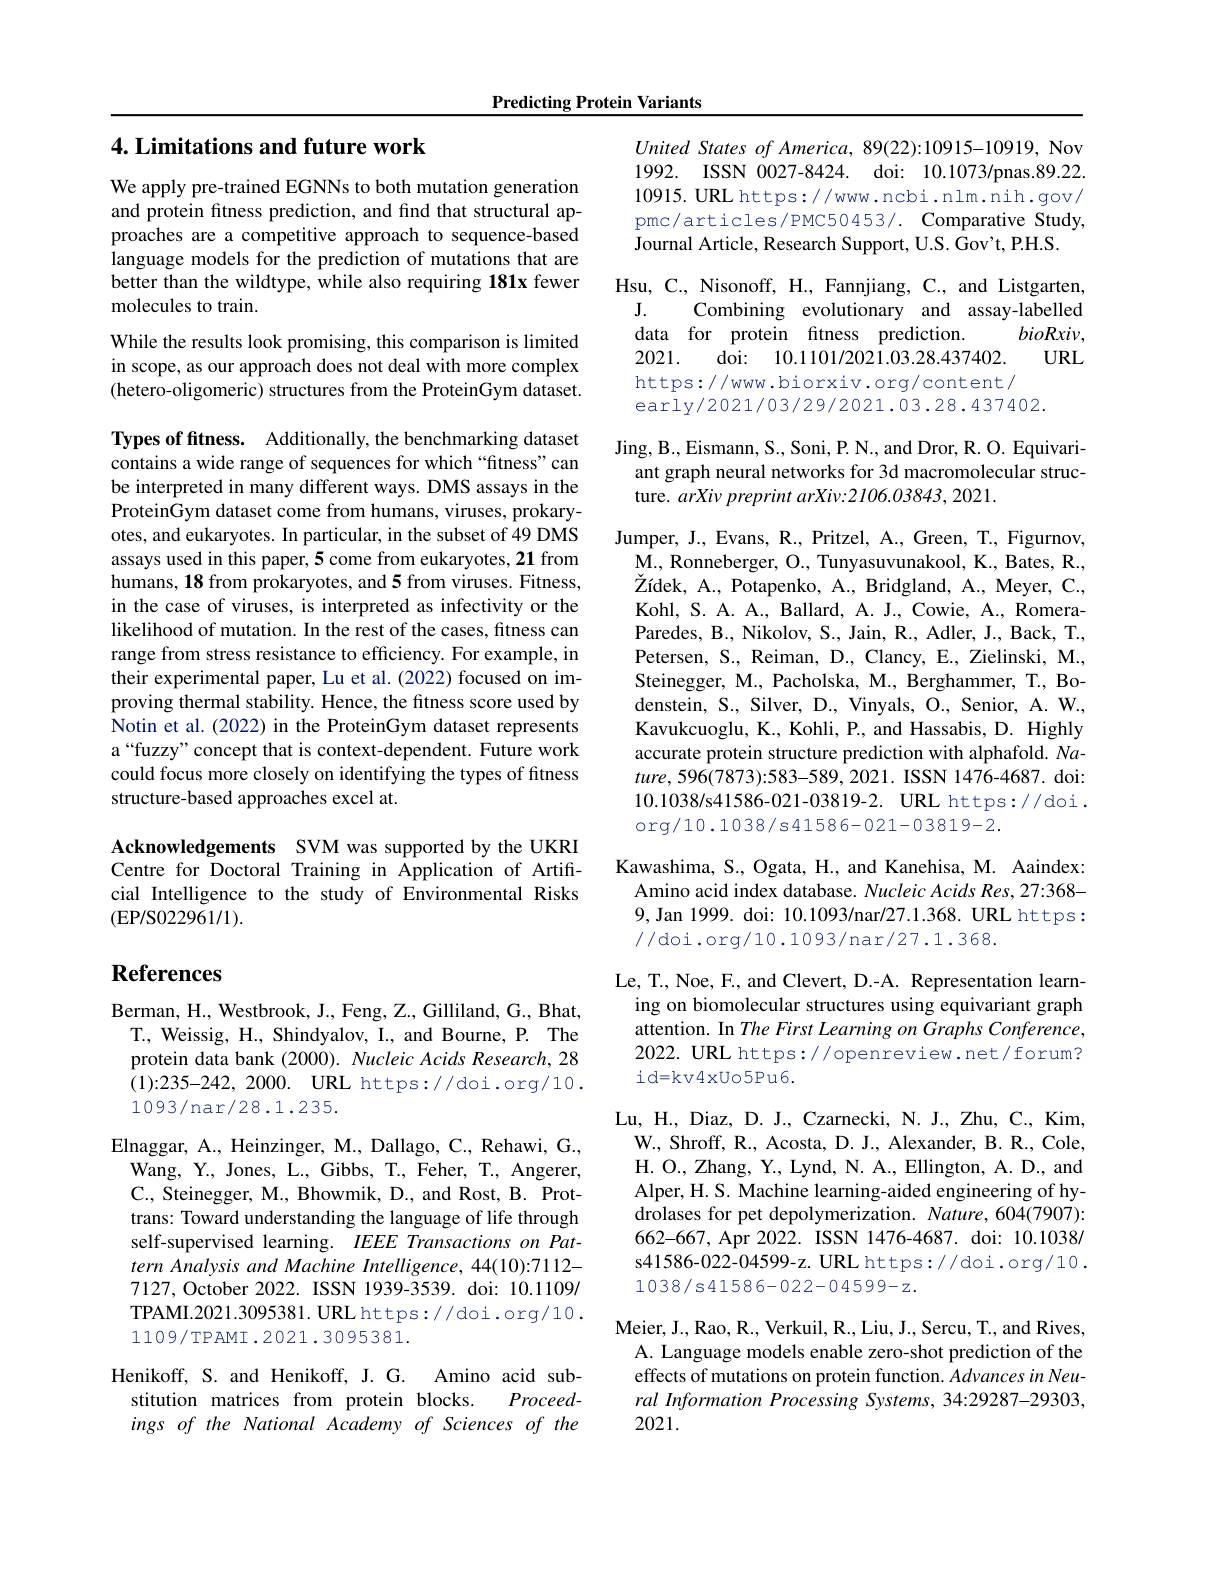
Predicting Protein Variants

### 4. Limitations and future work

We apply pre-trained EGNNs to both mutation generation and protein fitness prediction, and find that structural approaches are a competitive approach to sequence-based language models for the prediction of mutations that are better than the wildtype, while also requiring 181x fewer molecules to train.
While the results look promising, this comparison is limited in scope, as our approach does not deal with more complex (hetero-oligomeric) structures from the ProteinGym dataset.

Types of ftness. Additionally, the benchmarking dataset contains a wide range of sequences for which “fitness”can be interpreted in many different ways. DMS assays in the ProteinGym dataset come from humans, viruses, prokaryotes, and eukaryotes. In particular, in the subset of 49 DMS assays used in this paper, 5 come from eukaryotes, 21 from humans, 18 from prokaryotes, and 5 from viruses. Fitness, in the case of viruses, is interpreted as infectivity or the likelihood of mutation. In the rest of the cases, fitness can range from stress resistance to efficiency. For example, in their experimental paper, Lu et al.(2022) focused on improving thermal stability. Hence, the fitness score used by Notin et al. (2022) in the ProteinGym dataset represents a“fuzzy”concept that is context-dependent. Future work could focus more closely on identifying the types of fitness structure-based approaches excel at.

Acknowledgements SVM was supported by the UKRI Centre for Doctoral Training in Application of Artificial Intelligence to the study of Environmental Risks (EP/S022961/1).

## References

Berman, H., Westbrook, J., Feng, Z., Gilliland, G., Bhat,
T., Weissig, H., Shindyalov, I., and Bourne, P. The protein data bank (2000). Nucleic Acids Research, 28 (1){:}235-242,2000. URL https://doi.org/10. 1093/nar/28.1.235.

Elnaggar, A., Heinzinger, M., Dallago, C., Rehawi, G., Wang, Y., Jones, L., Gibbs, T., Feher, T., Angerer, C., Steinegger, M., Bhowmik, D., and Rost, B. Prottrans: Toward understanding the language of life through self-supervised learning. IEEE Transactions on Pattern Analysis and Machine Intelligence, 44(10):7112- 7127, October 2022. ISSN 1939-3539. doi: 10.1109/ TPAMI.2021.3095381.URL https://doi.org/10. 1109/TPAMI.2021.3095381.

Henikoff, S. and Henikoff, J. G. Amino acid sub-
stitution matrices from protein blocks.
Proceed-
ings of the National Academy of Sciences of the

United States of America, 89(22):10915-10919, Nov 1992. ISSN 0027-8424. doi: 10.1073/pnas.89.22 $10915. \textbf{URL https: / / www. ncbi. nlm. nih. gov/ }$ pmc/articles/PMC50453/. Comparative Study Journal Article, Research Support, U.S. Gov't, P.H.S.
Hsu, C., Nisonoff, H., Fannjiang, C., and Listgarten,
$\mathbf{J}.$
Combining evolutionary and assay-labelled
data for protein fitness prediction
$bioRxiv$,
doi: 10.1101/2021.03.28.437402.
URL
2021.
https://www.biorxiv.org/content/
early/2021/03/29/2021.03.28.437402.

Jing, B., Eismann, S., Soni, P. N., and Dror, R. O. Equivari-
ant graph neural networks for 3d macromolecular struc-
ture. arXiv preprint arXiv:2106.03843, 2021.

Jumper, J., Evans, R., Pritzel, A., Green, T., Figurnov,
M. , Ronneberger, O. , Tunyasuvunakool, K. , Bates, R. , $\breve{\text{Zídek, A., Potapenko, A., Bridgland, A., Meyer, C.,}}$ Kohl, S. A. A., Ballard, A. J., Cowie, A., RomeraParedes, B., Nikolov, S., Jain, R., Adler, J., Back, T., Petersen, S., Reiman, D., Clancy, E., Zielinski, M., Steinegger, M., Pacholska, M., Berghammer, T., Bodenstein, S., Silver, D., Vinyals, O., Senior, A. W., Kavukcuoglu, K., Kohli, P., and Hassabis, D. Highly accurate protein structure prediction with alphafold. Na- $ture,596(7873):583-589,2021.$ ISSN 1476-4687. doi: 10.1038/s41586-021-03819-2. URL https://doi. org/ 10. 1038/ s41586- 021- 03819- 2.

Kawashima, S., Ogata, H., and Kanehisa, M. Aaindex: Amino acid index database. Nucleic Acids Res, 27:368- 9, Jan 1999. doi: 10.1093/nar/27.1.368. URL https: //doi.org/10.1093/nar/27.1.368.

Le, T., Noe, F., and Clevert, D.-A. Representation learning on biomolecular structures using equivariant graph attention. In The First Learning on Graphs Conference, 2022. URL https://openreview.net/forum? id=kv4xUo5Pu6.

Lu, H., Diaz, D. J., Czarnecki, N. J., Zhu, C., Kim,
W. , Shroff, R. , Acosta, D. J. , Alexander, B. R. , Cole, H. O. , Zhang, Y. , Lynd, N. A. , Ellington, A. D. , and Alper, H. S. Machine learning-aided engineering of hydrolases for pet depolymerization. Nature, 604(7907): 662-667, Apr 2022. ISSN 1476-4687. doi: 10.1038/ s41586-022-04599-z. URL https://doi.org/10. $1038/s41586-022-04599-z.$

Meier, J., Rao, R., Verkuil, R., Liu, J., Sercu, T., and Rives, A. Language models enable zero-shot prediction of the effects of mutations on protein function. Advancesin Neural Information Processing Systems, 34:29287-29303, 2021.